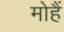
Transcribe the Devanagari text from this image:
मोहैं